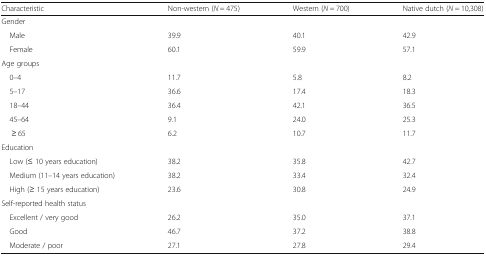
| Characteristic | Non-western (N = 475) | Western (N = 700) | Native dutch (N = 10,308) |
 | --- | --- | --- | --- |
 | <COLSPAN=4> Gender |
 | Male | 39.9 | 40.1 | 42.9 |
 | Female | 60.1 | 59.9 | 57.1 |
 | <COLSPAN=4> Age groups |
 | 0–4 | 11.7 | 5.8 | 8.2 |
 | 5–17 | 36.6 | 17.4 | 18.3 |
 | 18–44 | 36.4 | 42.1 | 36.5 |
 | 45–64 | 9.1 | 24.0 | 25.3 |
 | ≥ 65 | 6.2 | 10.7 | 11.7 |
 | <COLSPAN=4> Education |
 | Low (≤ 10 years education) | 38.2 | 35.8 | 42.7 |
 | Medium (11–14 years education) | 38.2 | 33.4 | 32.4 |
 | High (≥ 15 years education) | 23.6 | 30.8 | 24.9 |
 | <COLSPAN=4> Self-reported health status |
 | Excellent / very good | 26.2 | 35.0 | 37.1 |
 | Good | 46.7 | 37.2 | 38.8 |
 | Moderate / poor | 27.1 | 27.8 | 29.4 |